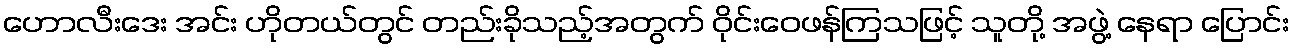
ဟောလီးဒေး အင်း ဟိုတယ်တွင် တည်းခိုသည့်အတွက် ဝိုင်းဝေဖန်ကြသဖြင့် သူတို့ အဖွဲ့ နေရာ ပြောင်း